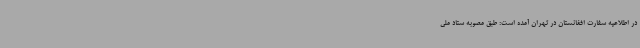
در اطلاعیه سفارت افغانستان در تهران آمده است: طبق مصوبه ستاد ملی